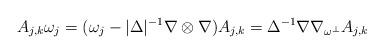
LaTeX: \begin{align*}A_{j,k} \omega_j = (\omega_j - |\Delta|^{-1} \nabla \otimes \nabla ) A_{j,k} = \Delta^{-1} \nabla \nabla_{\omega^\perp} A_{j,k}\end{align*}